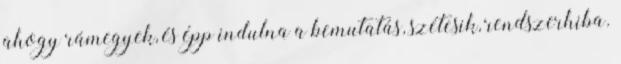
ahogy rámegyek, és épp indulna a bemutatás, szétesik, rendszerhiba.